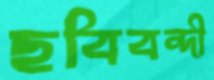
ছবিবন্দী